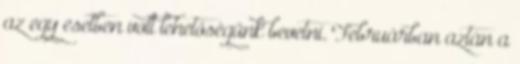
az egy esetben volt lehetőségünk bevetni. Februárban aztán a